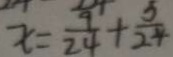
x = \frac { 9 } { 2 4 } + \frac { 5 } { 2 4 }